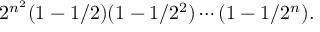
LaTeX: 2 ^ { n ^ { 2 } } ( 1 - 1 / 2 ) ( 1 - 1 / 2 ^ { 2 } ) \cdots ( 1 - 1 / 2 ^ { n } ) .